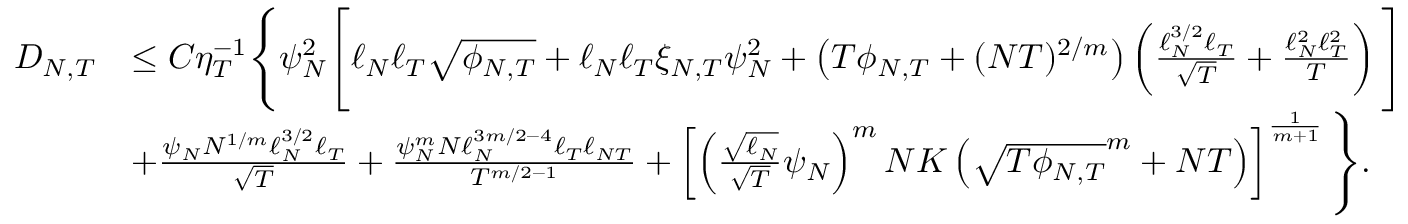
\begin{array} { r l } { { D _ { N , T } } } & { \leq C \eta _ { T } ^ { - 1 } \Bigg \{ \psi _ { N } ^ { 2 } \Bigg [ \ell _ { N } \ell _ { T } \sqrt { \phi _ { N , T } } + \ell _ { N } \ell _ { T } \xi _ { N , T } \psi _ { N } ^ { 2 } + \left( T \phi _ { N , T } + ( N T ) ^ { 2 / m } \right) \left( \frac { \ell _ { N } ^ { 3 / 2 } \ell _ { T } } { \sqrt { T } } + \frac { \ell _ { N } ^ { 2 } \ell _ { T } ^ { 2 } } { T } \right) \Bigg ] } \\ & { + \frac { \psi _ { N } N ^ { 1 / m } \ell _ { N } ^ { 3 / 2 } \ell _ { T } } { \sqrt { T } } + \frac { \psi _ { N } ^ { m } N \ell _ { N } ^ { 3 m / 2 - 4 } \ell _ { T } \ell _ { N T } } { T ^ { m / 2 - 1 } } + \left[ \left( \frac { \sqrt { \ell _ { N } } } { \sqrt { T } } \psi _ { N } \right) ^ { m } N K \left( \sqrt { T \phi _ { N , T } } ^ { m } + N T \right) \right] ^ { \frac { 1 } { m + 1 } } \Bigg \} . } \end{array}